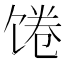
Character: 𩠉